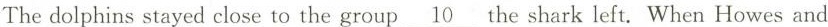
Thedolphins stayed close to the group \underline{10}the shark left. When Howes and